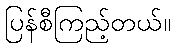
ပြန်စီကြည့်တယ်။